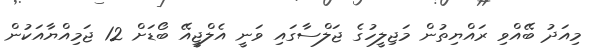
މިއަދު ބޭއްވި ރައްޔިތުން މަޖިލީހުގެ ޖަލްސާގައި ވަނީ އެލްޖީއޭ ބޯޑަށް 12 ޖަމިއްޔާއަކުން